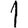
Digit: 1